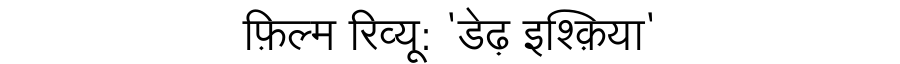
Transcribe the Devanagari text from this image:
फ़िल्म रिव्यू: 'डेढ़ इश्क़िया'